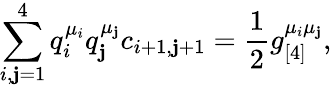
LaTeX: \sum_{i,\mathbf{j}=1}^{4}q_{i}^{\mu_{i}}q_{\mathbf{j}}^{\mu_{\mathbf{j}}}c_{i+1,\mathbf{j}+1}=\frac{{1}}{{2}}g_{[4]}^{\mu_{i}\mu_{\mathbf{j}}},